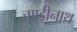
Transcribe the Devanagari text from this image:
चण्‍डीनाथ